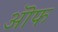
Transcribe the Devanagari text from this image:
ऒफ